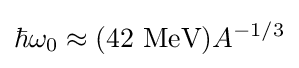
\hbar \omega _{0}\approx (42\ {\text{MeV}})A^{-1/3}